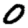
Digit: 0